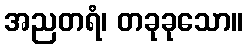
အညတရံ၊ တခုခုသော။